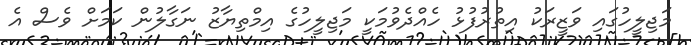
މަޖިލީހުގައި ވަޒީރަކު އިތުރުފުޅު ހެއްދެވުމަކީ މަޖިލީހުގެ އިމްތިޔާޒު ނަގާލުން ކަމަށް ވެސް އެ